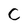
Character: C